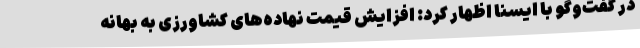
در گفت‌وگو با ایسنا اظهار کرد: افزایش قیمت نهاده‌های کشاورزی به بهانه